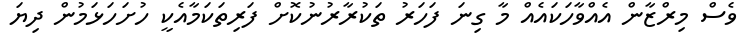
ވެސް މިރްޒާން އެއްވާހަކައެއް މާ ގިނަ ފަހަރު ތަކުރާރުނުކޮށް ފަރިތަކަމާއެކީ ހުށަހަޅަމުން ދިޔަ